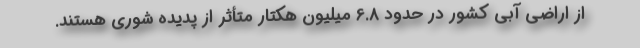
از اراضی آبی کشور در حدود 6.8 میلیون هکتار متأثر از پدیده شوری هستند.